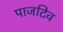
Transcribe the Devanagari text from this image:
पाजटिव